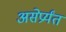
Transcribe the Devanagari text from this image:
असेप्रर्यंत